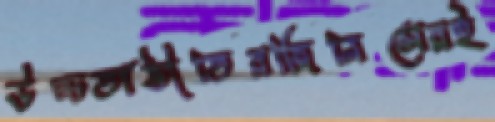
উচ্চতাভীতিরজিনিসেরই